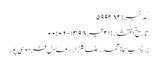
کد خبر: ۵۹۹۲۸۲
تاریخ انتشار : ۲۱ تیر ۱۳۹۸ - ۰۰:۰۶
برچسب ها: محمدرضا گلزار ، عادل فردوسی‌پور